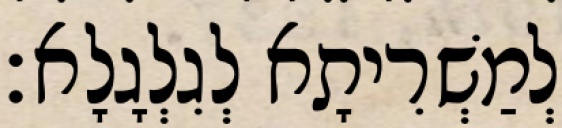
לְמַשְׁרִיתָא לְגִלְגָלָא׃